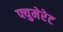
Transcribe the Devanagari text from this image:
फ्युमेरेट